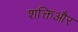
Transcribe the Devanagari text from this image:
शक्तिऔर